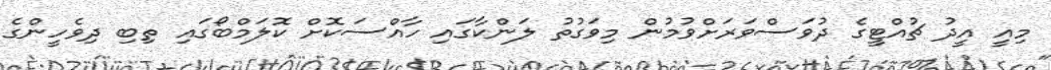
މިއީ އީދު ޗުއްޓީގެ ދުވަސްވަރަށްވުމުން މިވަގުތު ލަންކާގައި ހާއްސަކޮށް ކޮލަމްބޯގައި ތިބި ދިވެހީންގެ